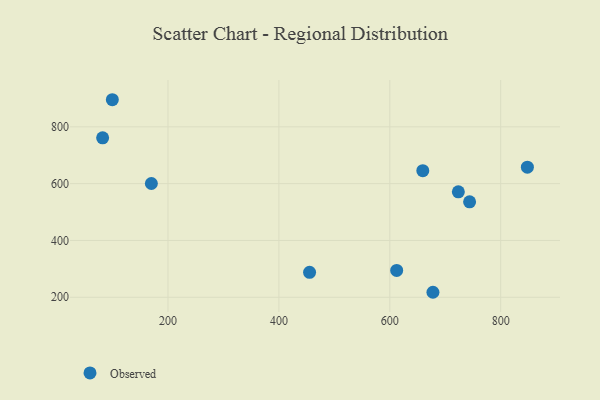
{"axis": {"x": "Speed", "y": "Yield"}, "legend": ["Observed"], "data": [{"x": "659.5", "y": 645.6, "type": "Observed"}, {"x": "743.9", "y": 535.9, "type": "Observed"}, {"x": "677.8", "y": 217.6, "type": "Observed"}, {"x": "612.4", "y": 294.4, "type": "Observed"}, {"x": "82.1", "y": 761.4, "type": "Observed"}, {"x": "723.6", "y": 571.1, "type": "Observed"}, {"x": "170.0", "y": 600.5, "type": "Observed"}, {"x": "99.6", "y": 895.4, "type": "Observed"}, {"x": "848.1", "y": 657.9, "type": "Observed"}, {"x": "455.3", "y": 287.7, "type": "Observed"}]}